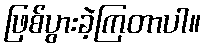
ဖြစ်ပွားခဲ့ကြတာပါ။